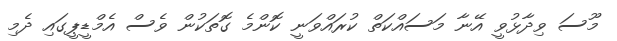
މޫސަ ވިދާޅުވީ އޭނާ މަސައްކަތް ކުރައްވަނީ ކޮންމެ ގޮތަކުން ވެސް އެމްޑީޕީގައި ދެމި